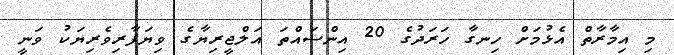
މި އިމާރާތް އެޅުމަށް ހިނގާ ހަރަދުގެ 20 އިންސައްތަ އަލްޖީރިޔާގެ ވިޔަފާރިވެރިޔަކު ވަނީ